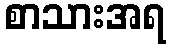
စာသားအရ